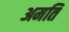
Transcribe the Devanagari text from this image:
अमति